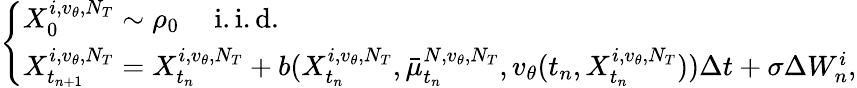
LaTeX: \left\{ \begin{array}{ll}{X_{0}^{i,v_{\theta},N_{T}}\sim\rho_{0}\quad\mathrm{~i.i.d.}}\\ {X_{t_{n+1}}^{i,v_{\theta},N_{T}}=X_{t_{n}}^{i,v_{\theta},N_{T}}+b(X_{t_{n}}^{i,v_{\theta},N_{T}},\bar{\mu}_{t_{n}}^{N,v_{\theta},N_{T}},v_{\theta}(t_{n},X_{t_{n}}^{i,v_{\theta},N_{T}}))\Delta t+\sigma\Delta W_{n}^{i},}\end{array}\right.